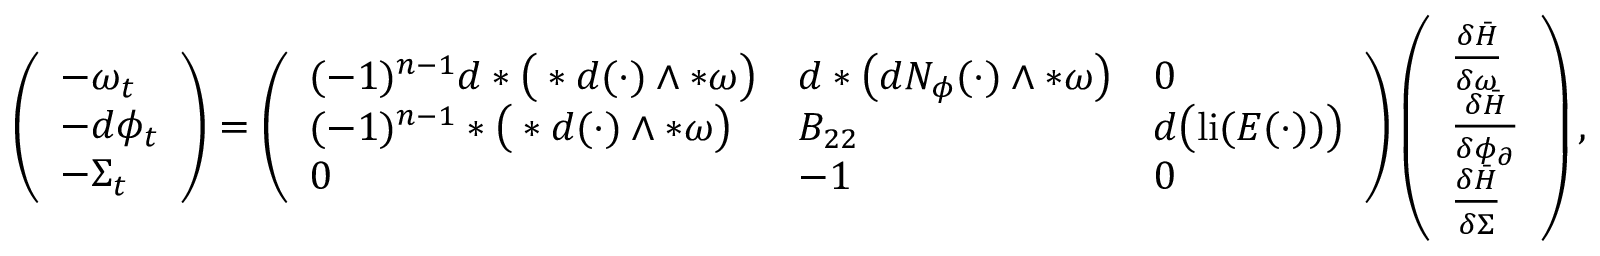
\begin{array} { r l } & { \left( \begin{array} { l } { - \omega _ { t } } \\ { - d \phi _ { t } } \\ { - \Sigma _ { t } } \end{array} \right) = \left( \begin{array} { l l l } { ( - 1 ) ^ { n - 1 } d \ast \big ( \ast d ( \cdot ) \wedge \ast \omega \big ) } & { d \ast \big ( d N _ { \phi } ( \cdot ) \wedge \ast \omega \big ) } & { 0 } \\ { ( - 1 ) ^ { n - 1 } \ast \big ( \ast d ( \cdot ) \wedge \ast \omega \big ) } & { B _ { 2 2 } } & { d \big ( \mathrm { l i } ( E ( \cdot ) ) \big ) } \\ { 0 } & { - 1 } & { 0 } \end{array} \right) \left( \begin{array} { l } { \frac { \delta \bar { H } } { \delta \omega } } \\ { \frac { \delta \bar { H } } { \delta \phi _ { \partial } } } \\ { \frac { \delta \bar { H } } { \delta \Sigma } } \end{array} \right) , } \end{array}